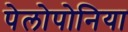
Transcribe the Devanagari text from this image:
पेलोपोनिया